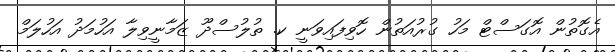
އެގޮތުން އޮގަސްޓް މަހު ގުރުއަތުން ހޮވިފައިވަނީ ކ. ތުލުސްދޫ ޒަމާނީވިލާ އަހުމަދު އަހުލަމް